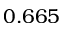
0 . 6 6 5